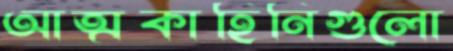
আত্মকাহিনিগুলো